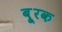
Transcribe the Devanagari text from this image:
बू्रक